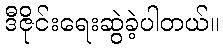
ဒီဇိုင်းရေးဆွဲခဲ့ပါတယ်။